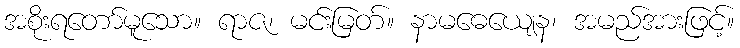
အစိုးရတော်မူသော။ ရာဇ၊ မင်းမြတ်။ နာမဓေယျေန၊ အမည်အားဖြင့်။